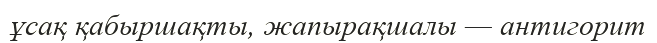
ұсақ қабыршақты, жапырақшалы — антигорит